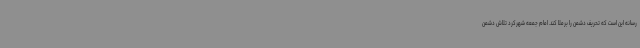
رسانه این است که تحریف دشمن را برملا کند. امام جمعه شهرکرد تلاش دشمن